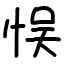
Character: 悮